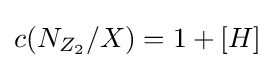
c(N_{Z_{2}}/X)=1+[H]